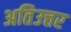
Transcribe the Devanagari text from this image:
अतिउत्तर